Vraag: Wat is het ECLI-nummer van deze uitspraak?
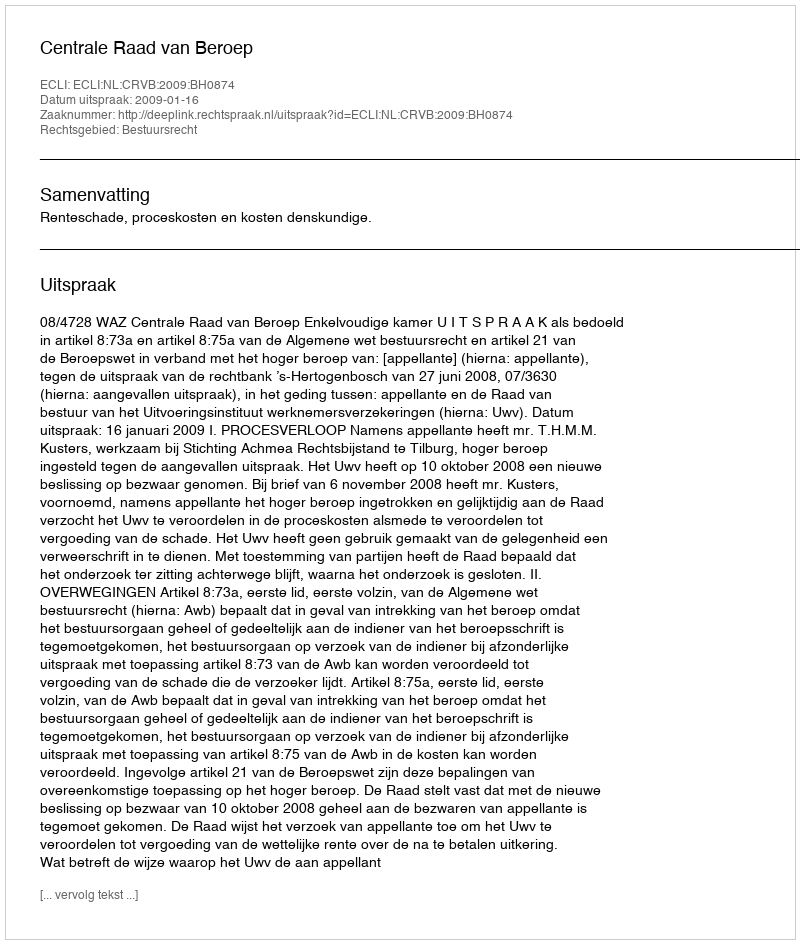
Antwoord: ECLI:NL:CRVB:2009:BH0874